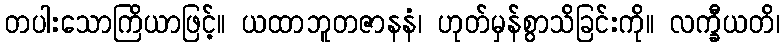
တပါးသောကြိယာဖြင့်။ ယထာဘူတဇာနနံ၊ ဟုတ်မှန်စွာသိခြင်းကို။ လက္ခီယတိ၊